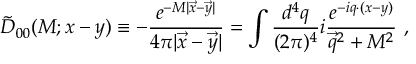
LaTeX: \tilde { D } _ { 0 0 } ( M ; x - y ) \equiv - { \frac { e ^ { - M | \vec { x } - \vec { y } | } } { 4 \pi | \vec { x } - \vec { y } | } } = \int { \frac { d ^ { 4 } q } { ( 2 \pi ) ^ { 4 } } } i { \frac { e ^ { - i q \cdot ( x - y ) } } { \vec { q } ^ { 2 } + M ^ { 2 } } } ~ ,